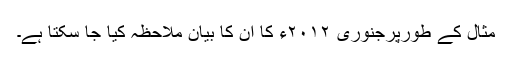
مثال کے طورپرجنوری ۲۰۱۲ء کا ان کا بیان ملاحظہ کیا جا سکتا ہے۔